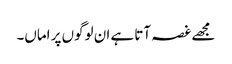
مجھے غصہ آتا ہے ان لوگوں پر اماں۔